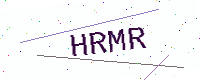
Text: HRMR